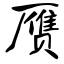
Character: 赝